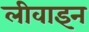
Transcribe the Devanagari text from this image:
लीवाइन